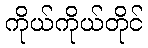
ကိုယ်ကိုယ်တိုင်